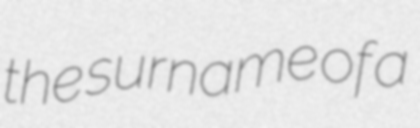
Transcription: the surname of a